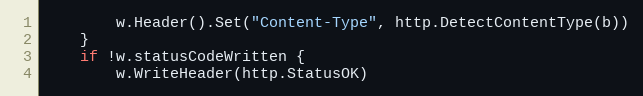
Language: Go
		w.Header().Set("Content-Type", http.DetectContentType(b))
	}
	if !w.statusCodeWritten {
		w.WriteHeader(http.StatusOK)